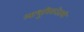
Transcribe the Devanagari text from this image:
आधुनिकतेतली